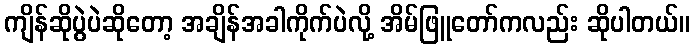
ကျိန်ဆိုပွဲပဲဆိုတော့ အချိန်အခါကိုက်ပဲလို့ အိမ်ဖြူတော်ကလည်း ဆိုပါတယ်။